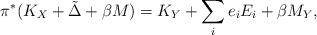
LaTeX: \begin{align*}\pi^*(K_X+\tilde{\Delta}+\beta M) = K_Y+\sum_i e_i E_i +\beta M_Y,\end{align*}